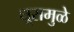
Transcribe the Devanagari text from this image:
धूरामुळे